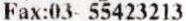
FAX:03- 55423213